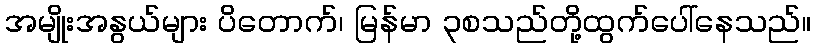
အမျိုးအနွယ်များ ပိတောက်၊ မြန်မာ ၃စသည်တို့ထွက်ပေါ်နေသည်။